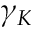
\gamma _ { K }